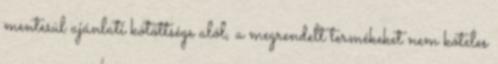
mentesül ajánlati kötöttsége alól, a megrendelt termékeket nem köteles